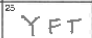
Transcription: YFT